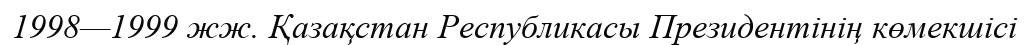
1998—1999 жж. Қазақстан Республикасы Президентінің көмекшісі